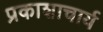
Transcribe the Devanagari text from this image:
प्रकाशाचार्य